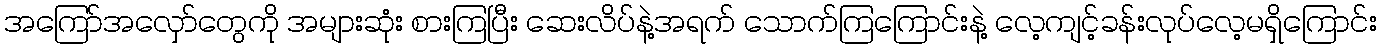
အကြော်အလှော်တွေကို အများဆုံး စားကြပြီး ဆေးလိပ်နဲ့အရက် သောက်ကြကြောင်းနဲ့ လေ့ကျင့်ခန်းလုပ်လေ့မရှိကြောင်း